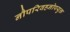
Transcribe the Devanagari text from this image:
नौपरिवहनोपयुक्त